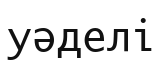
уәделі